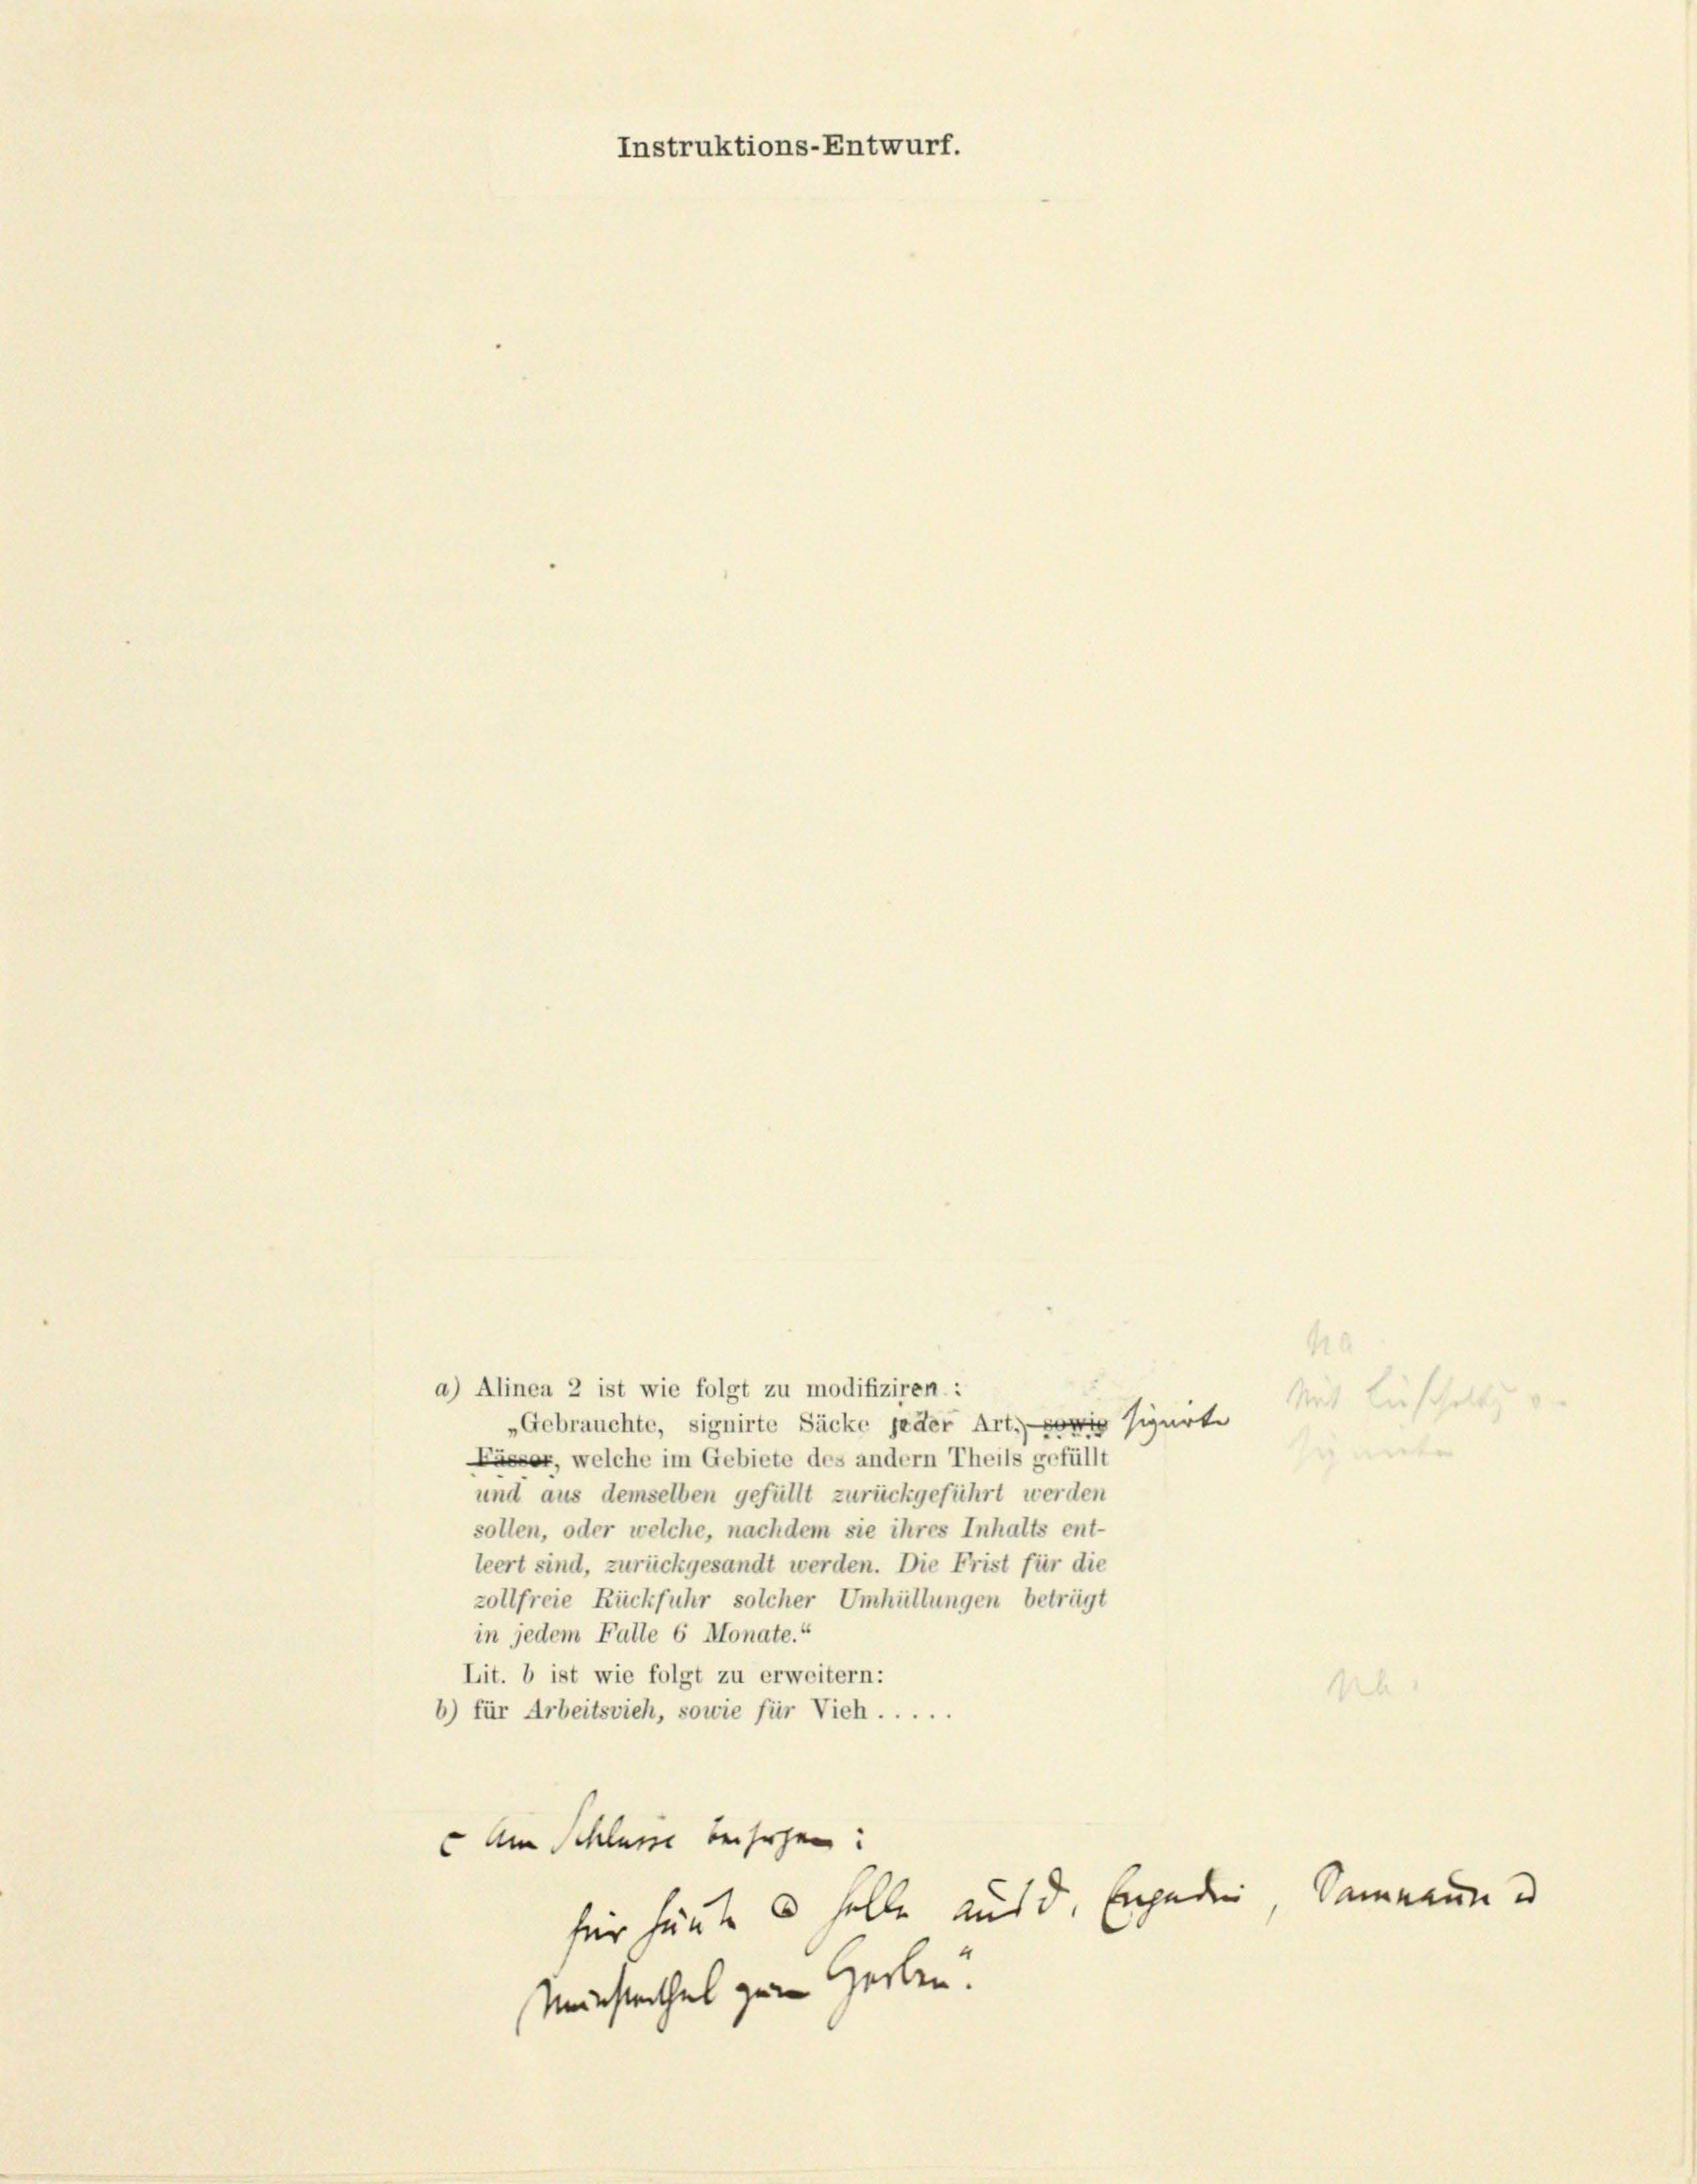
Instruktions-Entwurf.

a) Alinea 2 ist wie folgt zu modifiziren :
„Gebrauchte, signirte Säcke jeder Art. sowie signirte
Fässer, welche im Gebiete des andern Theils gefüllt
und aus demselben gefüllt zurückgeführt werden
sollen, oder welche, nachdem sie ihres Inhalts ent-
leert sind, zurückgesandt werden. Die Frist für die
zollfreie Rückfuhr solcher Umhüllungen beträgt
in jedem Falle 6 Monate.“
Lit. b ist wie folgt zu erweitern:
b) für Arbeitsvieh, sowie für Vieh .....
 Am Schlume beisehen:
für heute e solle ausd. Engadin Samnaun u
Neinstenthal zur Herben

Mi

isch